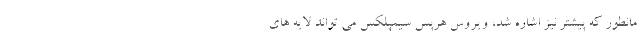
مانطور که پیشتر نیز اشاره شد، ویروس هرپس سیمپلکس می تواند لایه های